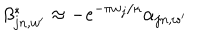
\beta _ { j n , w ^ { \prime } } ^ { * } \approx - e ^ { - \pi w _ { j } / \kappa } \alpha _ { j n , w ^ { \prime } }